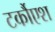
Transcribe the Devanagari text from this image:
टर्कौएश